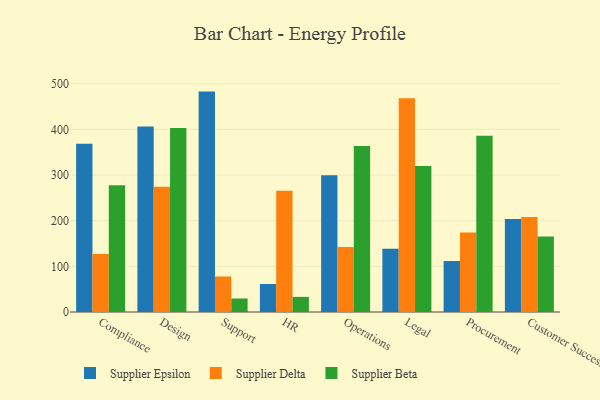
{"axis": {"x": "Department", "y": "Backlog"}, "legend": ["Supplier Beta", "Supplier Delta", "Supplier Epsilon"], "data": [{"x": "Compliance", "y": 368.2, "type": "Supplier Epsilon"}, {"x": "Compliance", "y": 127.1, "type": "Supplier Delta"}, {"x": "Compliance", "y": 277.6, "type": "Supplier Beta"}, {"x": "Design", "y": 406.4, "type": "Supplier Epsilon"}, {"x": "Design", "y": 274.2, "type": "Supplier Delta"}, {"x": "Design", "y": 403.0, "type": "Supplier Beta"}, {"x": "Support", "y": 482.6, "type": "Supplier Epsilon"}, {"x": "Support", "y": 77.8, "type": "Supplier Delta"}, {"x": "Support", "y": 29.6, "type": "Supplier Beta"}, {"x": "HR", "y": 61.3, "type": "Supplier Epsilon"}, {"x": "HR", "y": 265.7, "type": "Supplier Delta"}, {"x": "HR", "y": 33.1, "type": "Supplier Beta"}, {"x": "Operations", "y": 299.4, "type": "Supplier Epsilon"}, {"x": "Operations", "y": 142.1, "type": "Supplier Delta"}, {"x": "Operations", "y": 363.6, "type": "Supplier Beta"}, {"x": "Legal", "y": 138.7, "type": "Supplier Epsilon"}, {"x": "Legal", "y": 468.3, "type": "Supplier Delta"}, {"x": "Legal", "y": 319.8, "type": "Supplier Beta"}, {"x": "Procurement", "y": 111.7, "type": "Supplier Epsilon"}, {"x": "Procurement", "y": 173.9, "type": "Supplier Delta"}, {"x": "Procurement", "y": 386.1, "type": "Supplier Beta"}, {"x": "Customer Success", "y": 203.6, "type": "Supplier Epsilon"}, {"x": "Customer Success", "y": 208.1, "type": "Supplier Delta"}, {"x": "Customer Success", "y": 165.4, "type": "Supplier Beta"}]}